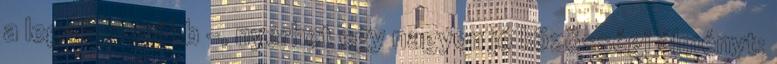
a legalapvetőbb –, nyerhet egy nagyon jó közösségi élményt: